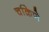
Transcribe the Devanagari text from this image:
चक्रिणे